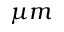
\mu m